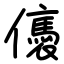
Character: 㒟